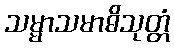
သမ္မာသမာဓိသုတ္တံ